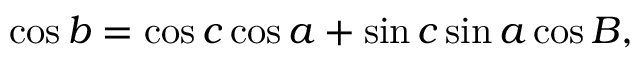
\cos b = \cos c \cos a + \sin c \sin a \cos B ,